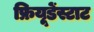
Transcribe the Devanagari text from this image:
फ्रियूडेंस्टाट